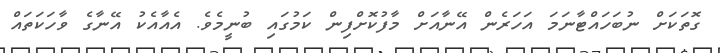
ގޮތަކަށް ނުބަހައްޓާނަމަ އަހަރެން އޭނާއަށް މާފުކޮށްފިން ކަމުގައި ބުނީމެވެ. އެއާއެކު އޭނާގެ ވާހަކަތައް